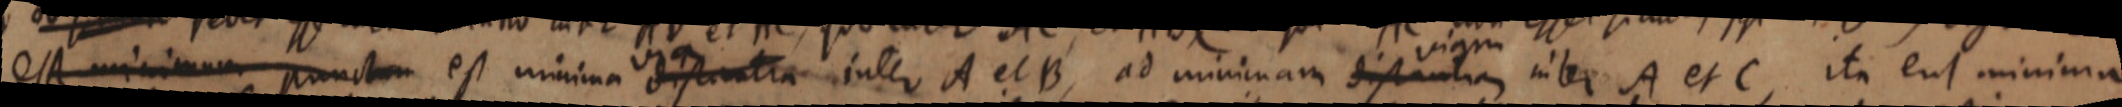
est minimum punctum est minimam distantia inter A et B, ad minimam distantia inter A et C, ita eut minima